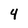
Character: 4